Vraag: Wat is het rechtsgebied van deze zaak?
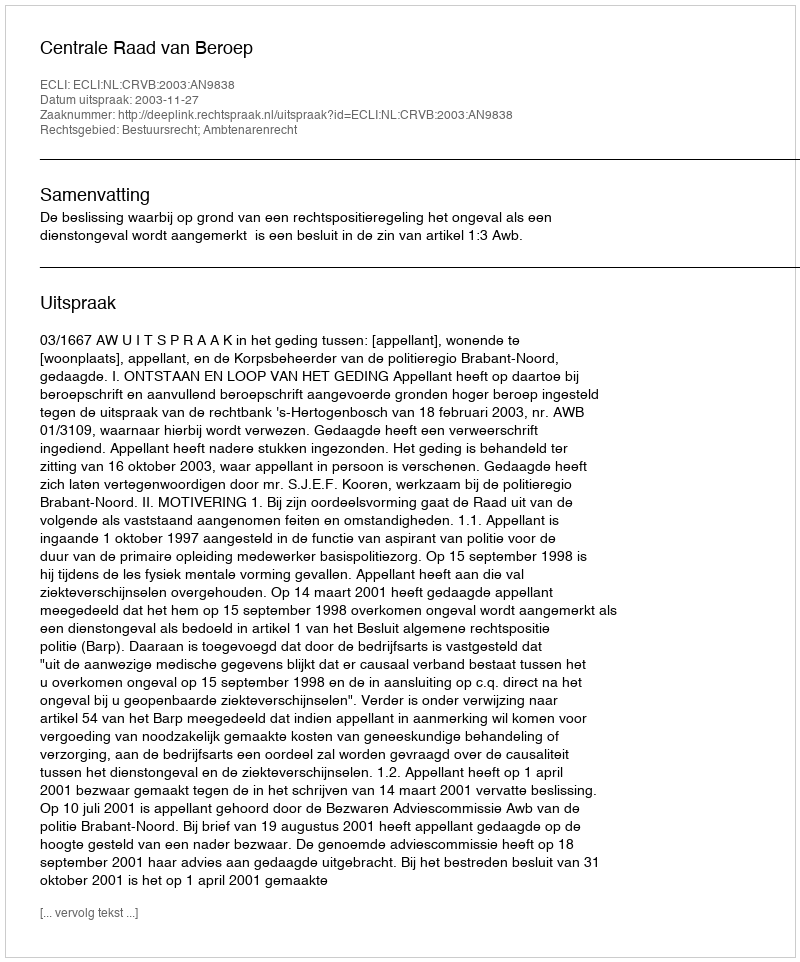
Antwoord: Bestuursrecht; Ambtenarenrecht